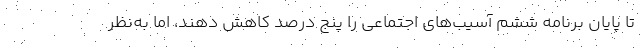
تا پایان برنامه ششم آسیب‌های اجتماعی را پنج درصد کاهش دهند، اما به‌نظر